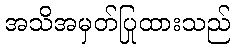
အသိအမှတ်ပြုထားသည်